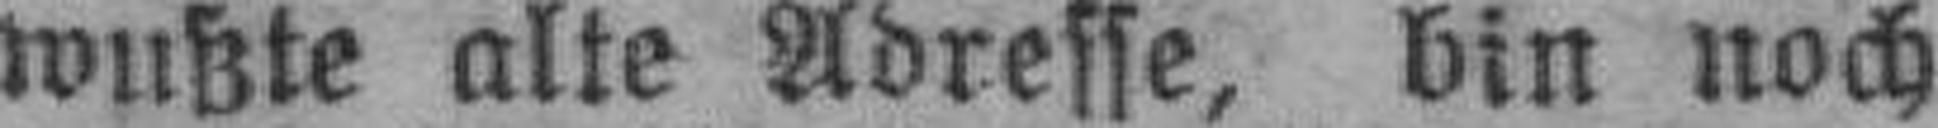
wußte alte Adresse, bin noch